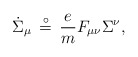
\begin{align*}{\dot \Sigma}_{\mu}\, \stackrel{ \circ }{=}\, {\frac{e}{m}} F_{\mu\nu}\Sigma^{\nu}, \end{align*}